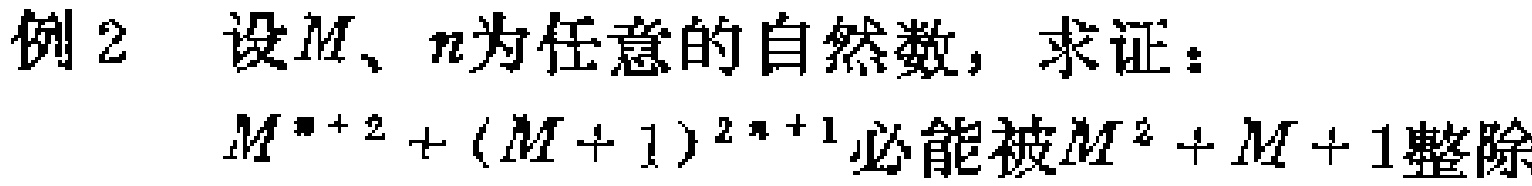
例2 设\(M、n\)为任意的自然数，求证：

\(M^{n + 2}+(M + 1)^{2n + 1}\)必能被\(M^{2}+M + 1\)整除